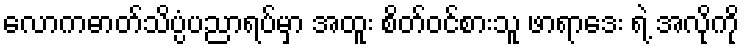
လောကဓာတ်သိပ္ပံပညာရပ်မှာ အထူး စိတ်ဝင်စားသူ ဖာရာဒေး ရဲ့ အလိုကို